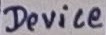
Text: Device